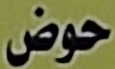
حوض